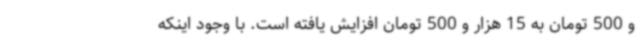
و 500 تومان به 15 هزار و 500 تومان افزایش یافته است. با وجود اینکه